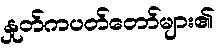
နှုတ်ကပတ်တော်များ၏